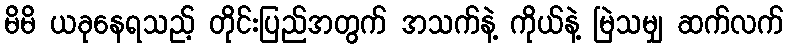
မိမိ ယခုနေရသည့် တိုင်းပြည်အတွက် အသက်နဲ့ ကိုယ်နဲ့ မြဲသမျှ ဆက်လက်